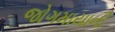
જોગમાયાની